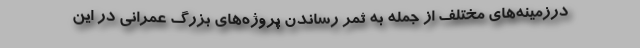
درزمینه‌های مختلف از جمله به ثمر رساندن پروژه‌های بزرگ عمرانی در این